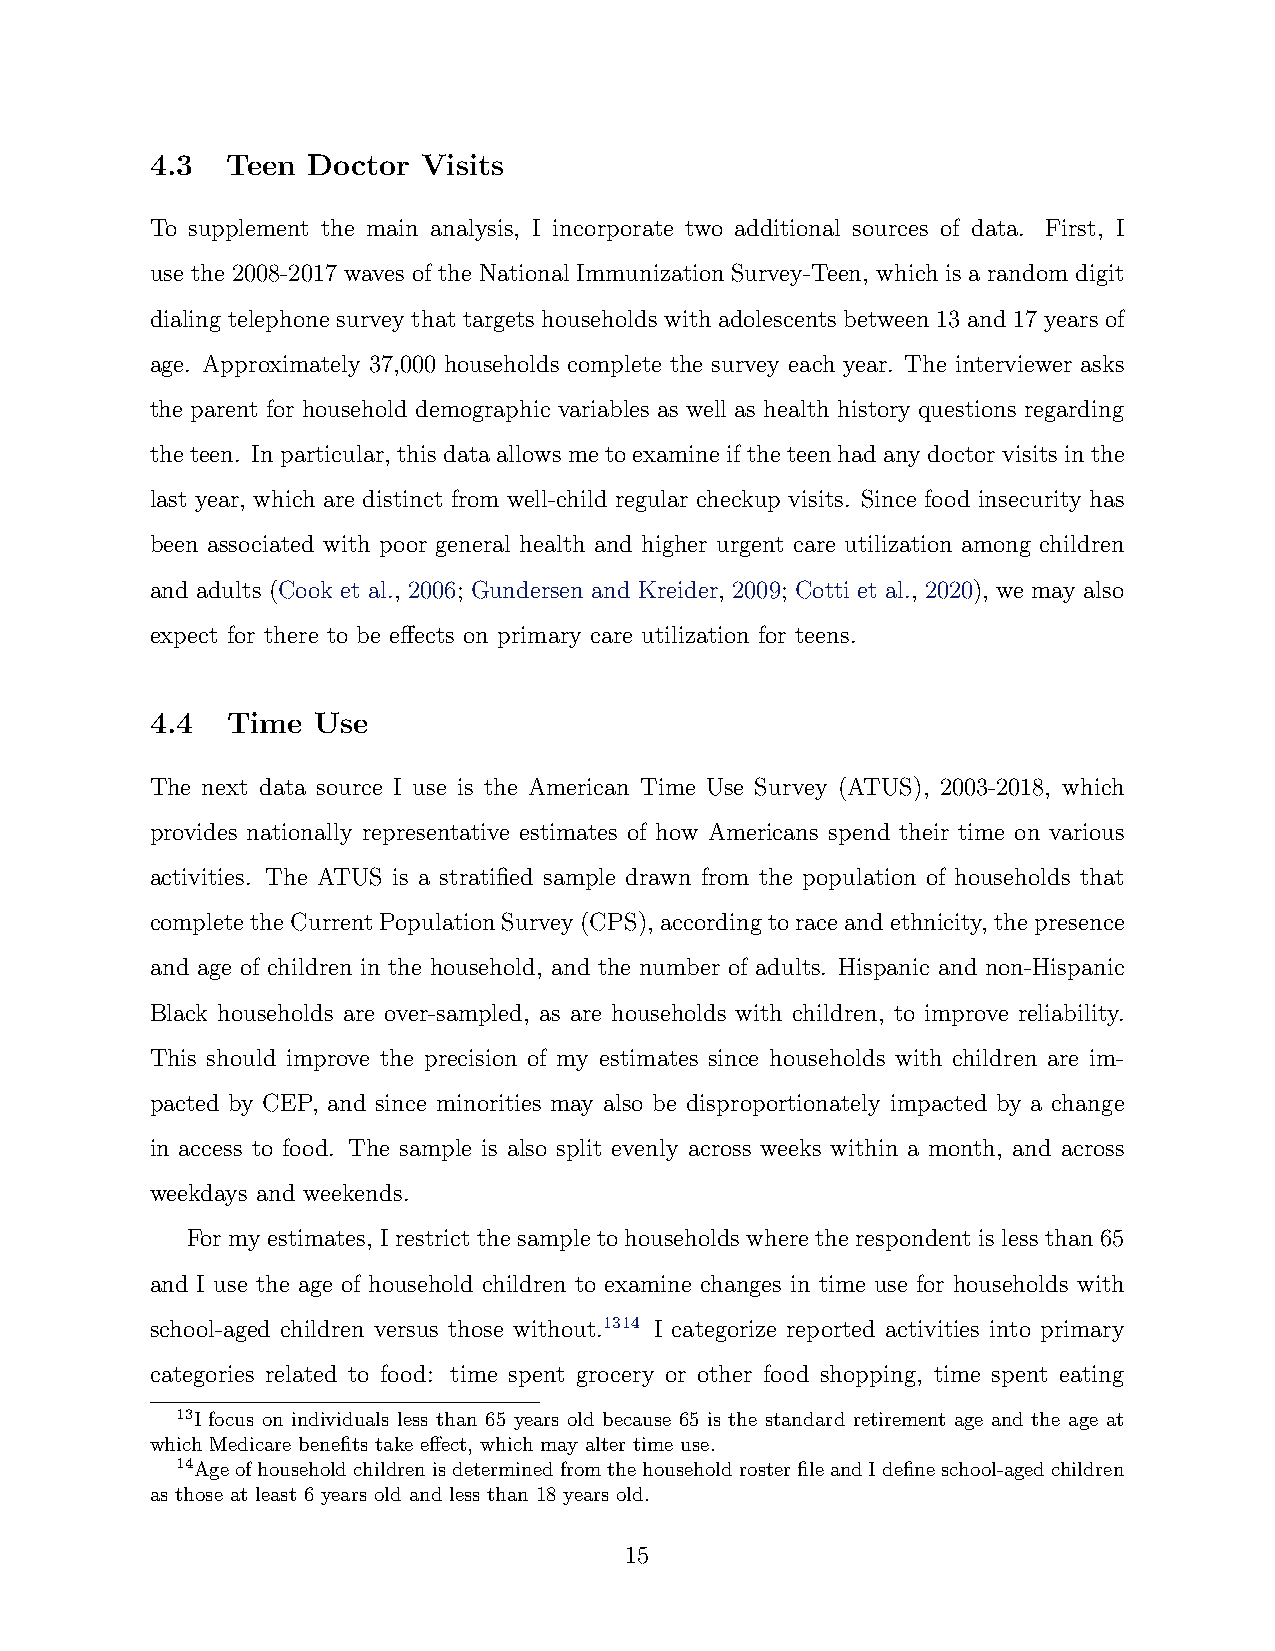
4.3  Teen Doctor  Visits
 To supplement the main analysis, I incorporate two additional sources of data. First, I
 use the 2008-2017 waves of the National Immunization Survey-Teen, which is a random digit
 dialing telephone survey that targets households with adolescents between 13 and 17 years of
 age. Approximately 37,000 households complete the survey each year. The interviewer asks
 the parent for household demographic variables as well as health history questions regarding
 the teen. In particular, this data allows me to examine if the teen had any doctor visits in the
 last year, which are distinct from well-child regular checkup visits. Since food insecurity has
 been associated with poor general health and higher urgent care utilization among children
 and adults (Cook et al., 2006; Gundersen and Kreider, 2009; Cotti et al., 2020), we may also
 expect for there to be effects on primary care utilization for teens.
 4.4  Time  Use
 The next data source I use is the American Time Use Survey (ATUS), 2003-2018, which
 provides nationally representative estimates of how Americans spend their time on various
 activities. The ATUS is a stratified sample drawn from the population of households that
 completetheCurrentPopulationSurvey(CPS),accordingtoraceandethnicity, thepresence
 and age of children in the household, and the number of adults. Hispanic and non-Hispanic
 Black households are over-sampled, as are households with children, to improve reliability.
 This should improve the precision of my estimates since households with children are im-
 pacted by CEP, and since minorities may also be disproportionately impacted by a change
 in access to food. The sample is also split evenly across weeks within a month, and across
 weekdays and weekends.
 For my estimates, I restrict the sample to households where the respondent is less than 65
 and I use the age of household children to examine changes in time use for households with
 school-aged children versus those without.1314 I categorize reported activities into primary
 categories related to food: time spent grocery or other food shopping, time spent eating
 13I focus on individuals less than 65 years old because 65 is the standard retirement age and the age at
 which Medicare benefits take effect, which may alter time use.
 14AgeofhouseholdchildrenisdeterminedfromthehouseholdrosterfileandIdefineschool-agedchildren
 as those at least 6 years old and less than 18 years old.
 15